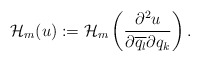
\begin{align*} \mathcal{H}_m(u):=\mathcal{H}_m\left( \frac{\partial^2 u}{\partial \overline{q_l}\partial {q_k}} \right). \end{align*}